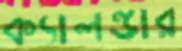
ক্যালন্ডার